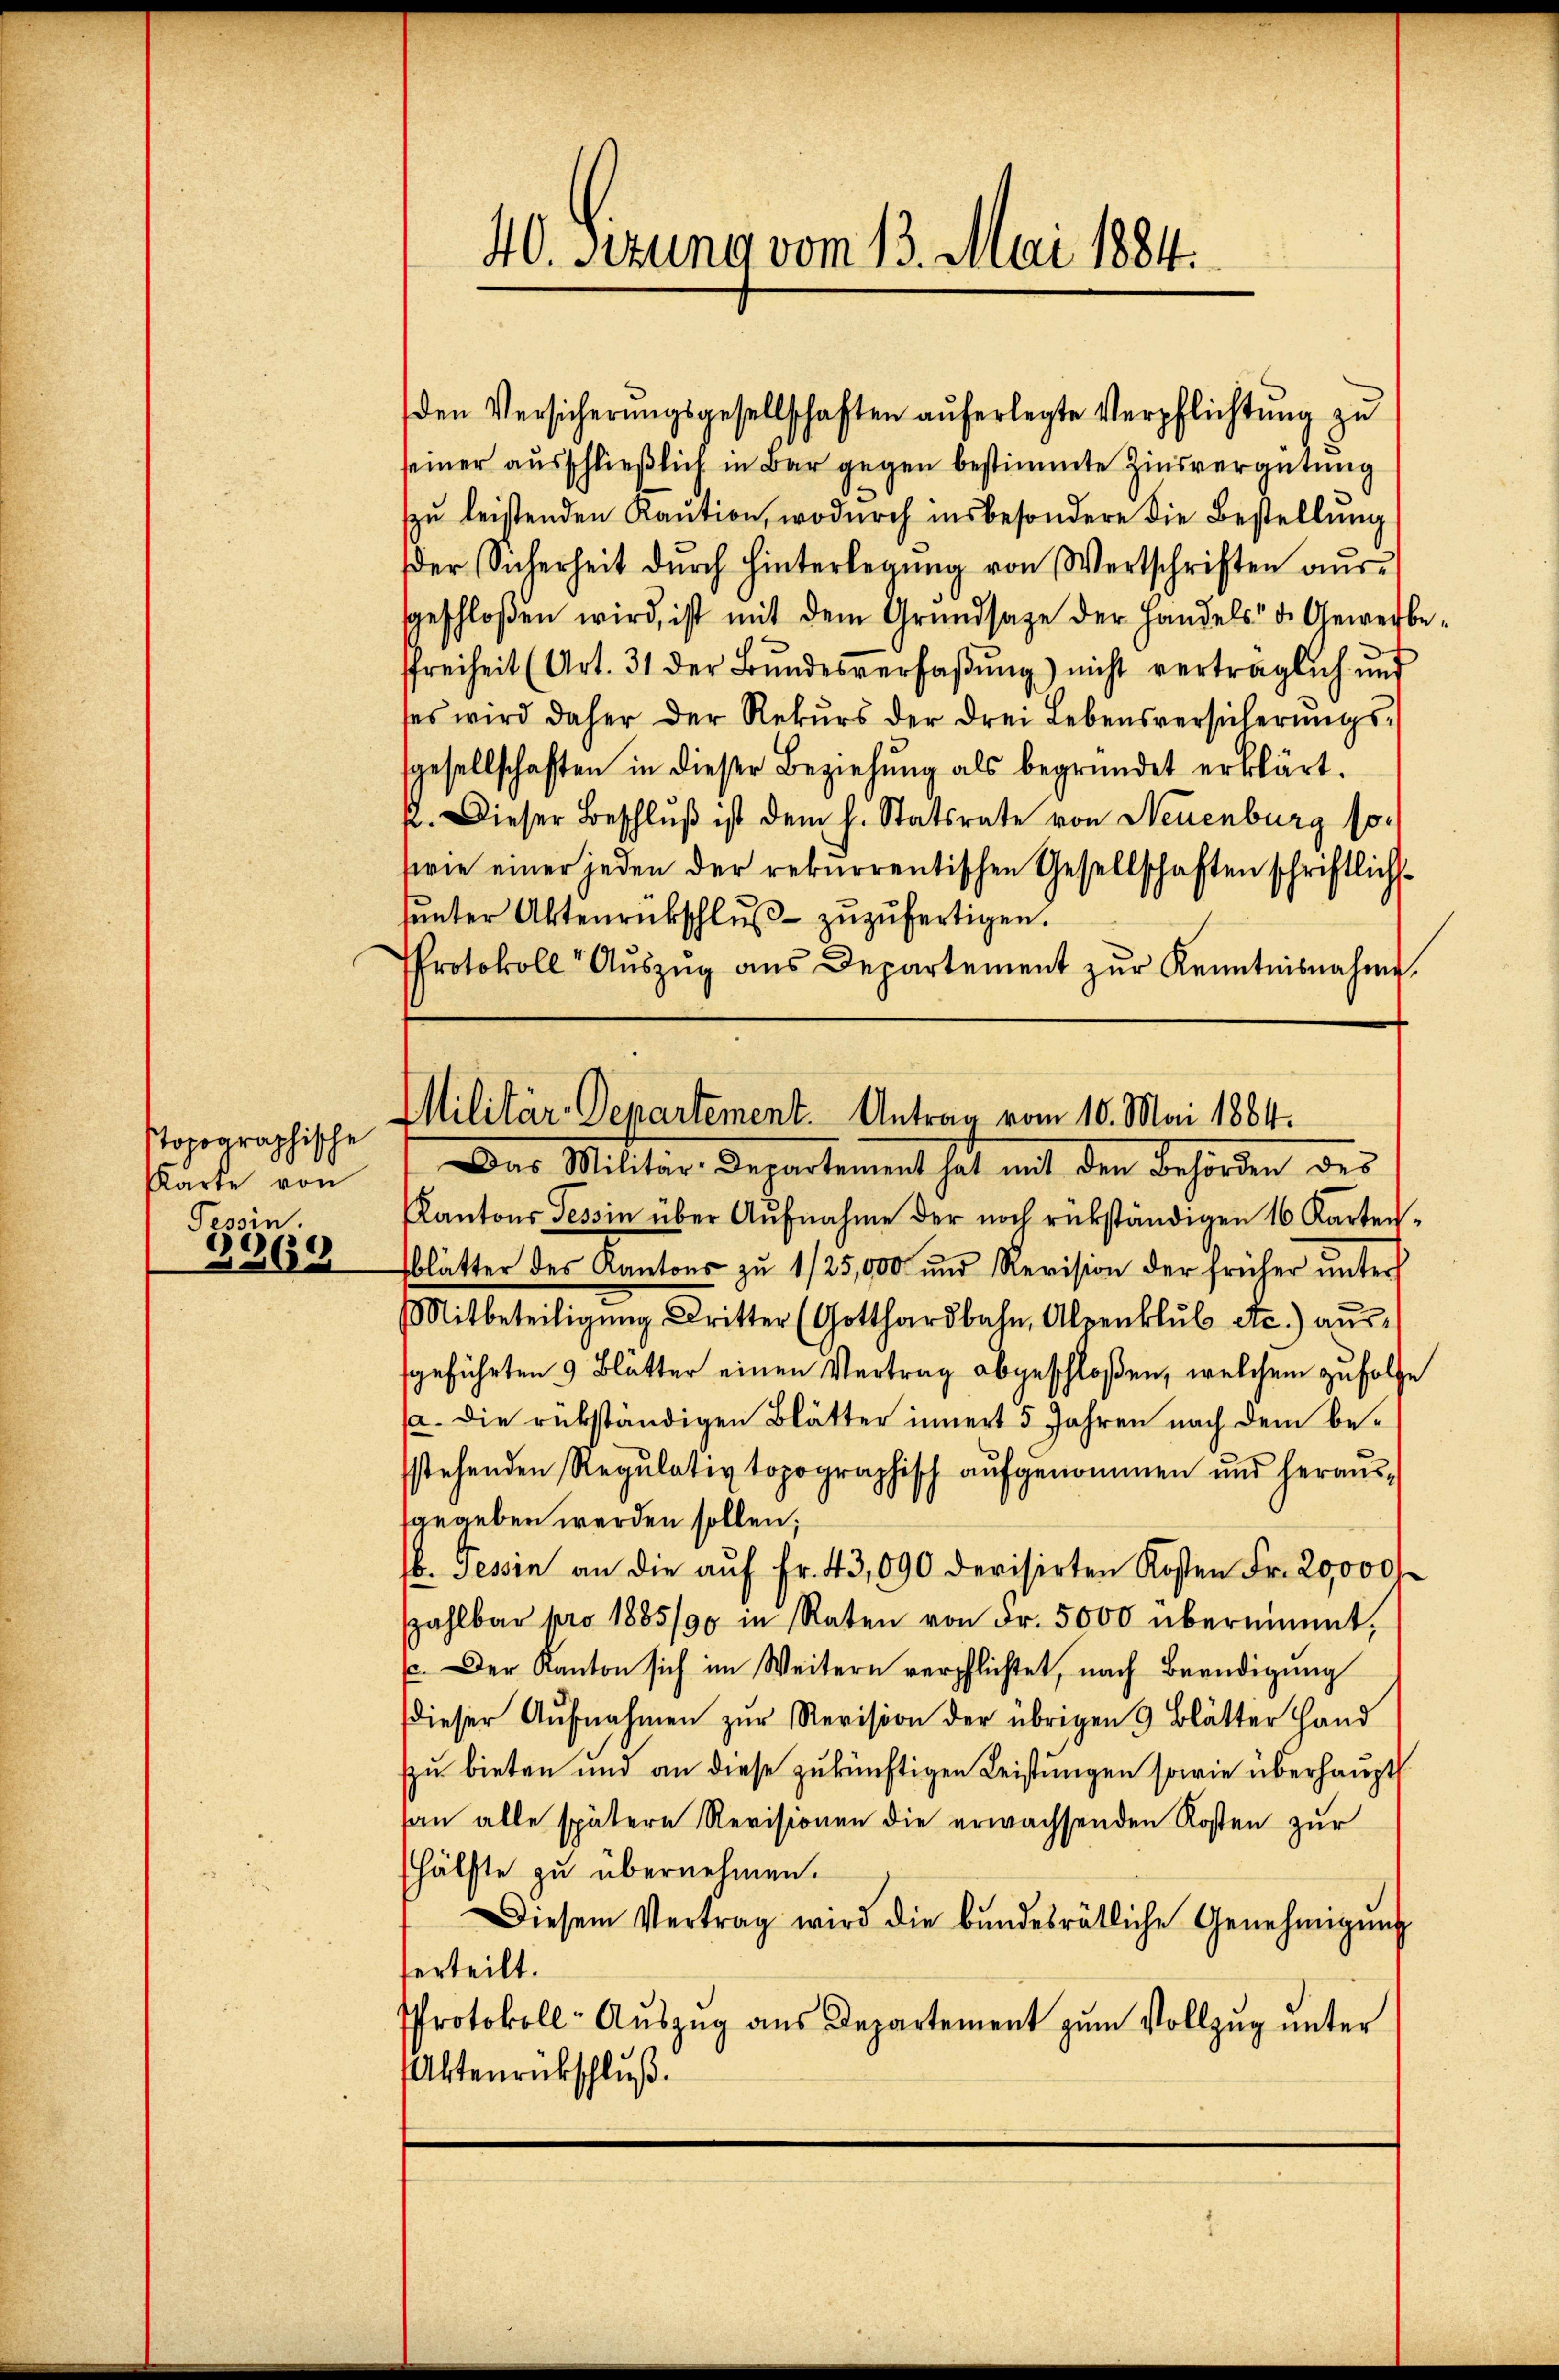
40. Sitzung vom 13. Mai 1884.

seiner ausschließlich in Bar gegen bestimmte Zinsvergütung
zŭ leistenden Kaution, wodurch insbesondere die Bestellung
der Sicherheit dŭrch hinterlegŭng von Wertschriften aŭs-
ggeschloßen wird, ist mit dem Grŭndsaze der Handels d. Gewerbe-
ffreiheit (Art. 31 der Bŭndesverfaßung) nicht verträglich und
ses wird daher der Rekŭrs der drei Lebensversicherŭngs-
gesellschaften in dieser Beziehung als begründet erklärt.
p. Dieser Beschlŭβ ist dem h. Statsrate von Neuenburg sosrie einer jeden der rekurrentischen Gesellschaften schriftlichsŭnter Aktenrückschlŭβ zŭzŭfertigen.
Protokoll Aŭszŭg aŭs Departement zŭr Kenntnisnahme.
Das Militar-Departement hat mit den Behörden des
Kantons Tessin über Aŭfnahme der noch rükständigen 16 Karten-
blätter des Kantons zŭ 1/25,000 und Revision der früher ŭnter
Mitbeteiligŭng dritter (Gotthardbahn, Alpenklŭb etc.) aŭs-
sgeführten 9 Blätter einen Vertrag abgeschloßen, welchem zufolge
(a. Die rükständigen Blätter innert 5 Jahren nach dem bestehenden Regulativ topographisch aŭfgenommen und heraus-
sangeben werden sollen;
b. Tessin an die aŭf Fr. 43,090 devisirten Kosten Fr. 20,000
szahlbar pro 1885/90 in Raten von Fr. 5000 übernimmt,
u. Der Kanton sich im Weitern verpflichtet, nach Beendigŭng
dieser Aŭfnahmen zŭr Revision der übrigen 9 Blätter Hand
zu bieten und an diese zukünftigen Leistungen sowie überhaupt
an alle spätere Revisionen die erwachsenden Kosten zur
hälfte zu übernehmen.
Diesem Vertrag wird die bŭndesrätliche Genehmigŭng
ferteilt.
Protokoll- Aŭszŭg ans Departement zŭm Vollzŭg ŭnter
Altenrückschluß.

den Versicherŭngsgesellschaften aŭferlegte Verpflichtŭng zŭ

Militär-Departement. Antrag vom 10. Mai 1884.

stopographische
Karte von
Tessin.
3369